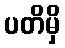
ပတိမှိ